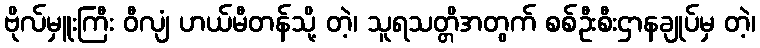
ဗိုလ်မှူးကြီး ဝီလျံ ဟယ်မီတန်သို့ တဲ့၊ သူရသတ္တိအတွက် စစ်ဦးစီးဌာနချုပ်မှ တဲ့၊